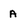
Character: A